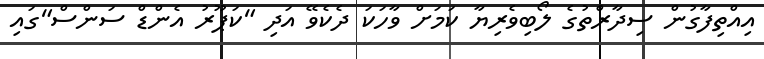
އިއްތިފާގުން ސިދާރްތުގެ ލޯބިވެރިޔާ ކަމަށް ވާހަކަ ދެކެވޭ އަދި "ކަޕޫރު އެންޑް ސަންސް"ގައި